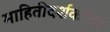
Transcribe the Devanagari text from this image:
माहितीदर्शकावर